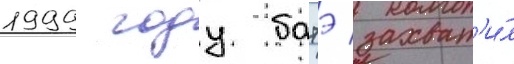
1999 году батэ захват'и́л